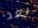
بعد